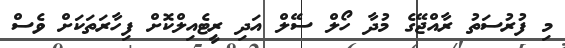
މި ފުރުސަތު ރާއްޖޭގެ މުދާ ހޯލް ސޭލް އަދި ރީޓެއިލްކޮށް ފިހާރަތަކަށް ވެސް